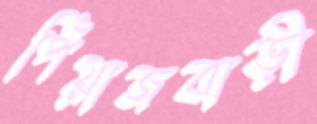
পিঁয়াজবাড়ী